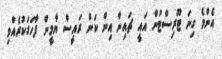
އެންމެ ގިނަ ޓޫރިސްޓުން އައީ ޗައިނާ އިން ކަން ރައީސް ޔާމީން ފާހަގަކުރެއްވި